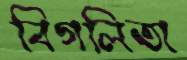
বিগলিতা